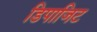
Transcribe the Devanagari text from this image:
डिपाजिट